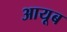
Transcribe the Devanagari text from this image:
आयूब